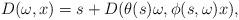
LaTeX: \begin{align*} D(\omega,x)=s+D(\theta(s)\omega,\phi(s,\omega)x), \end{align*}